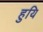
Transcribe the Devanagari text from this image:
हुयि